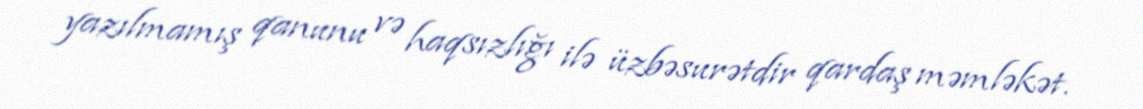
yazılmamış qanunu və haqsızlığı ilə üzbəsurətdir qardaş məmləkət.